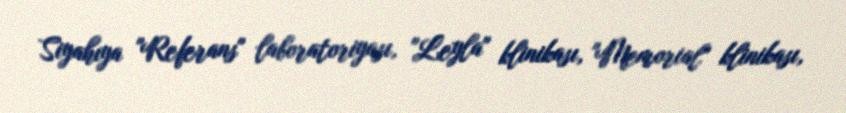
Siyahıya "Referans" laboratoriyası, "Leyla" klinikası, "Memorial" klinikası,